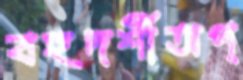
বহুদর্শীঅপ্